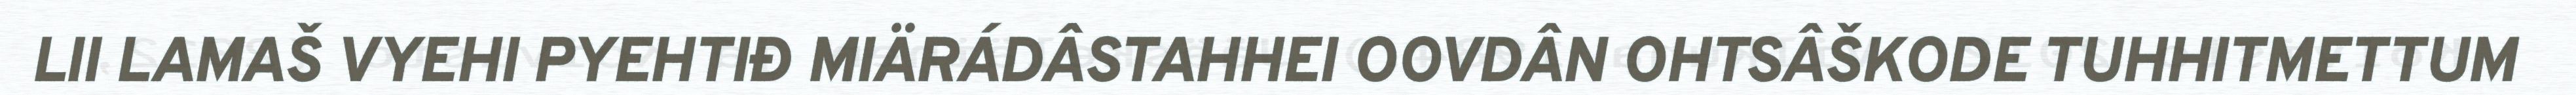
LII LAMAŠ VYEHI PYEHTIĐ MIÄRÁDÂSTAHHEI OOVDÂN OHTSÂŠKODE TUHHITMETTUM